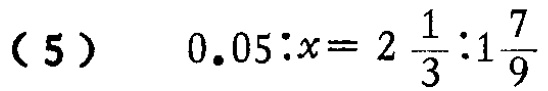
\((5)\quad 0.05:x = 2\frac{1}{3}:1\frac{7}{9}\)